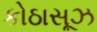
કોઠાસૂઝ